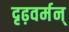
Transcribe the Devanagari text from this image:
दृढ़वर्मन्